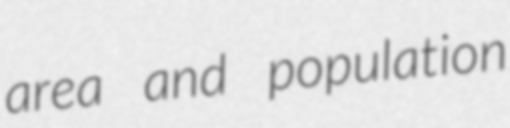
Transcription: area and population